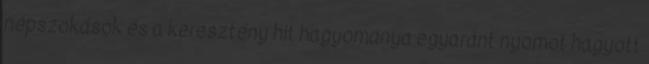
népszokások és a keresztény hit hagyománya egyaránt nyomot hagyott